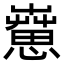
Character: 𦻇